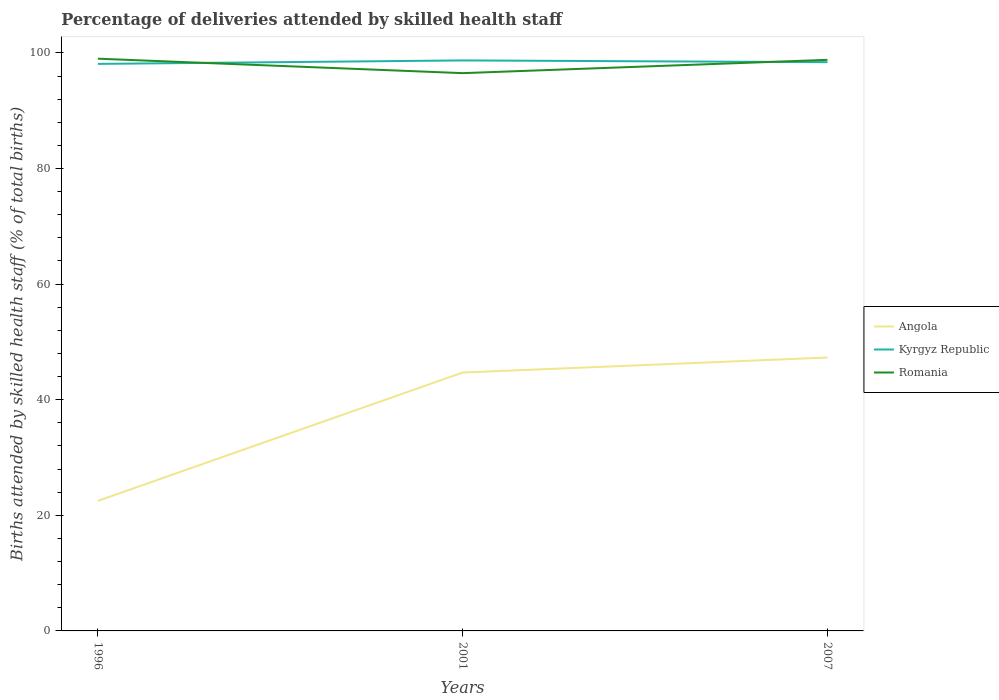
| Years | Angola | Kyrgyz Republic | Romania |
 | --- | --- | --- | --- |
 | 1996 | 22.5 | 98.1 | 99 |
 | 2001 | 44.7 | 98.7 | 96.5 |
 | 2007 | 47.3 | 98.4 | 98.8 |